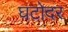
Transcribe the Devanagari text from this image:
घटोदर